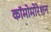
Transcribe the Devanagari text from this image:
कॉमोमोरेशन